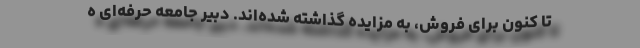
تا کنون برای فروش، به مزایده گذاشته شده‌اند. دبیر جامعه حرفه‌ای ه